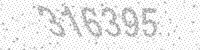
Solution: 316395